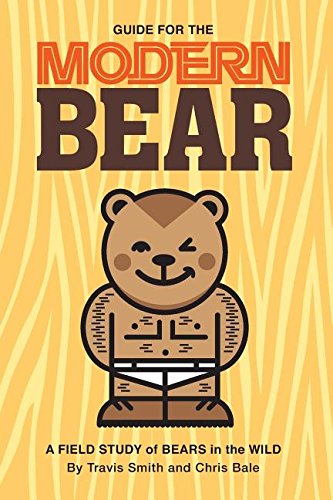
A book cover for Guide for the Modern Bear: A Field Study of Bears in the Wild; Travis Smith; Gay & Lesbian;